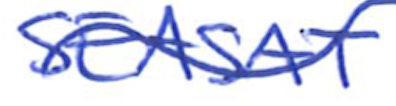
Text: SEASAT,
Cross-out: wave
Writing tool: ballpoint